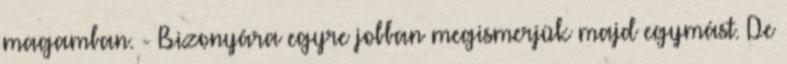
magamban. - Bizonyára egyre jobban megismerjük majd egymást. De